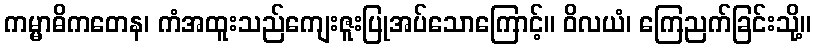
ကမ္မာဓိကတေန၊ ကံအထူးသည်ကျေးဇူးပြုအပ်သောကြောင့်။ ဝိလယံ၊ ကြေညက်ခြင်းသို့။